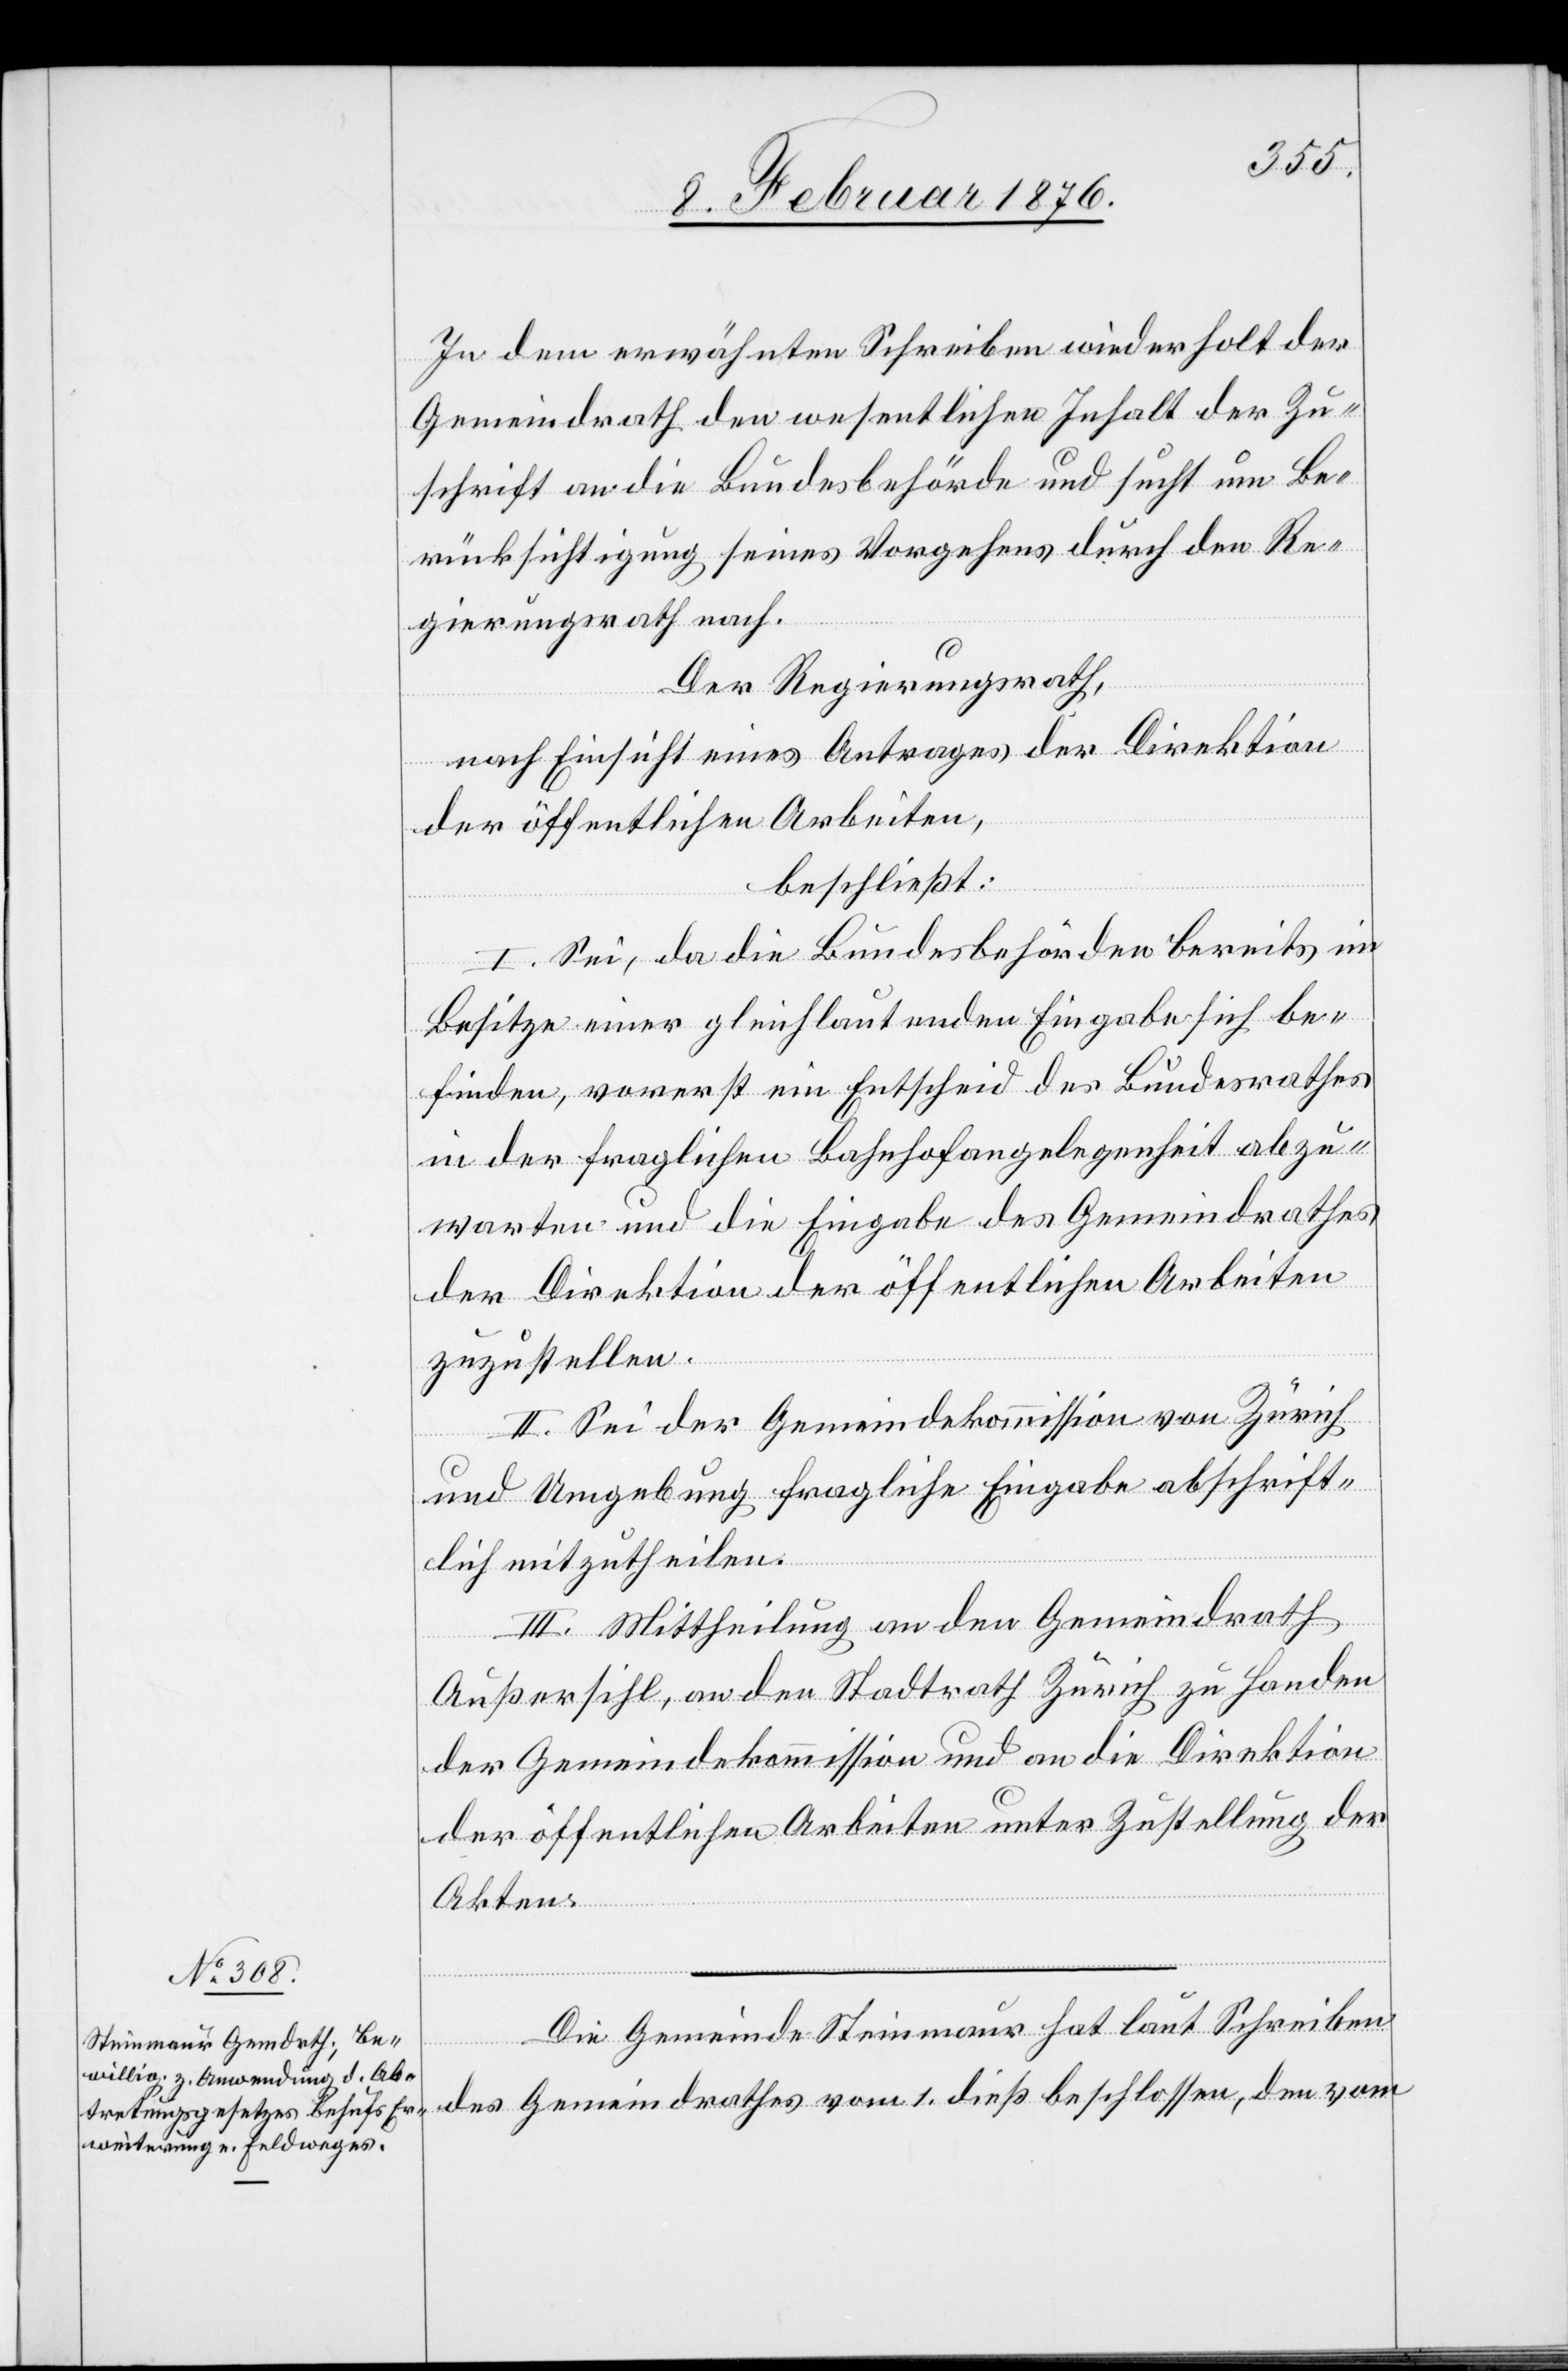
In dem erwähnten Schreiben wiederholt der
Gemeinderath den wesentlichen Inhalt der Zu¬
schrift an die Bundesbehörde und sucht um Be¬
rücksichtigung seines Vorgehens durch den Be¬
srath
Der Regierungsrath,
nach Einsicht eines Antrages der Direktion
der öffentlichen Arbeiten,
beschließt:
I. Sei, da die Bundesbehörden bereits im
Besitze einer gleichlautenden Eingabe sich be¬
finden, vorerst ein Entscheid des Bundesrathes
in der fraglichen Bahnhofangelegenheit abzu¬
warten und die Eingabe des Gemeinderathes
der Direktion der öffentlichen Arbeiten
zuzustellen.
II. Sei der Gemeindekommission von Zürich
und Umgebung fragliche Eingabe abschrift¬
lich mitzutheilen.
III. Mittheilung an den Gemeinderath
Außersihl, an den Stadtrath Zürich zu Handen
der Gemeindekommission und an die Direktion
der öffentlichen Arbeiten unter Zustellung der
Akten.
Die Gemeinde Steinmaur hat laut Schreiben
des Gemeindrathes vom 1. dieß beschlossen, den vom